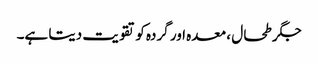
جگر طحال ، معدہ اور گردہ کو تقویت دیتا ہے۔